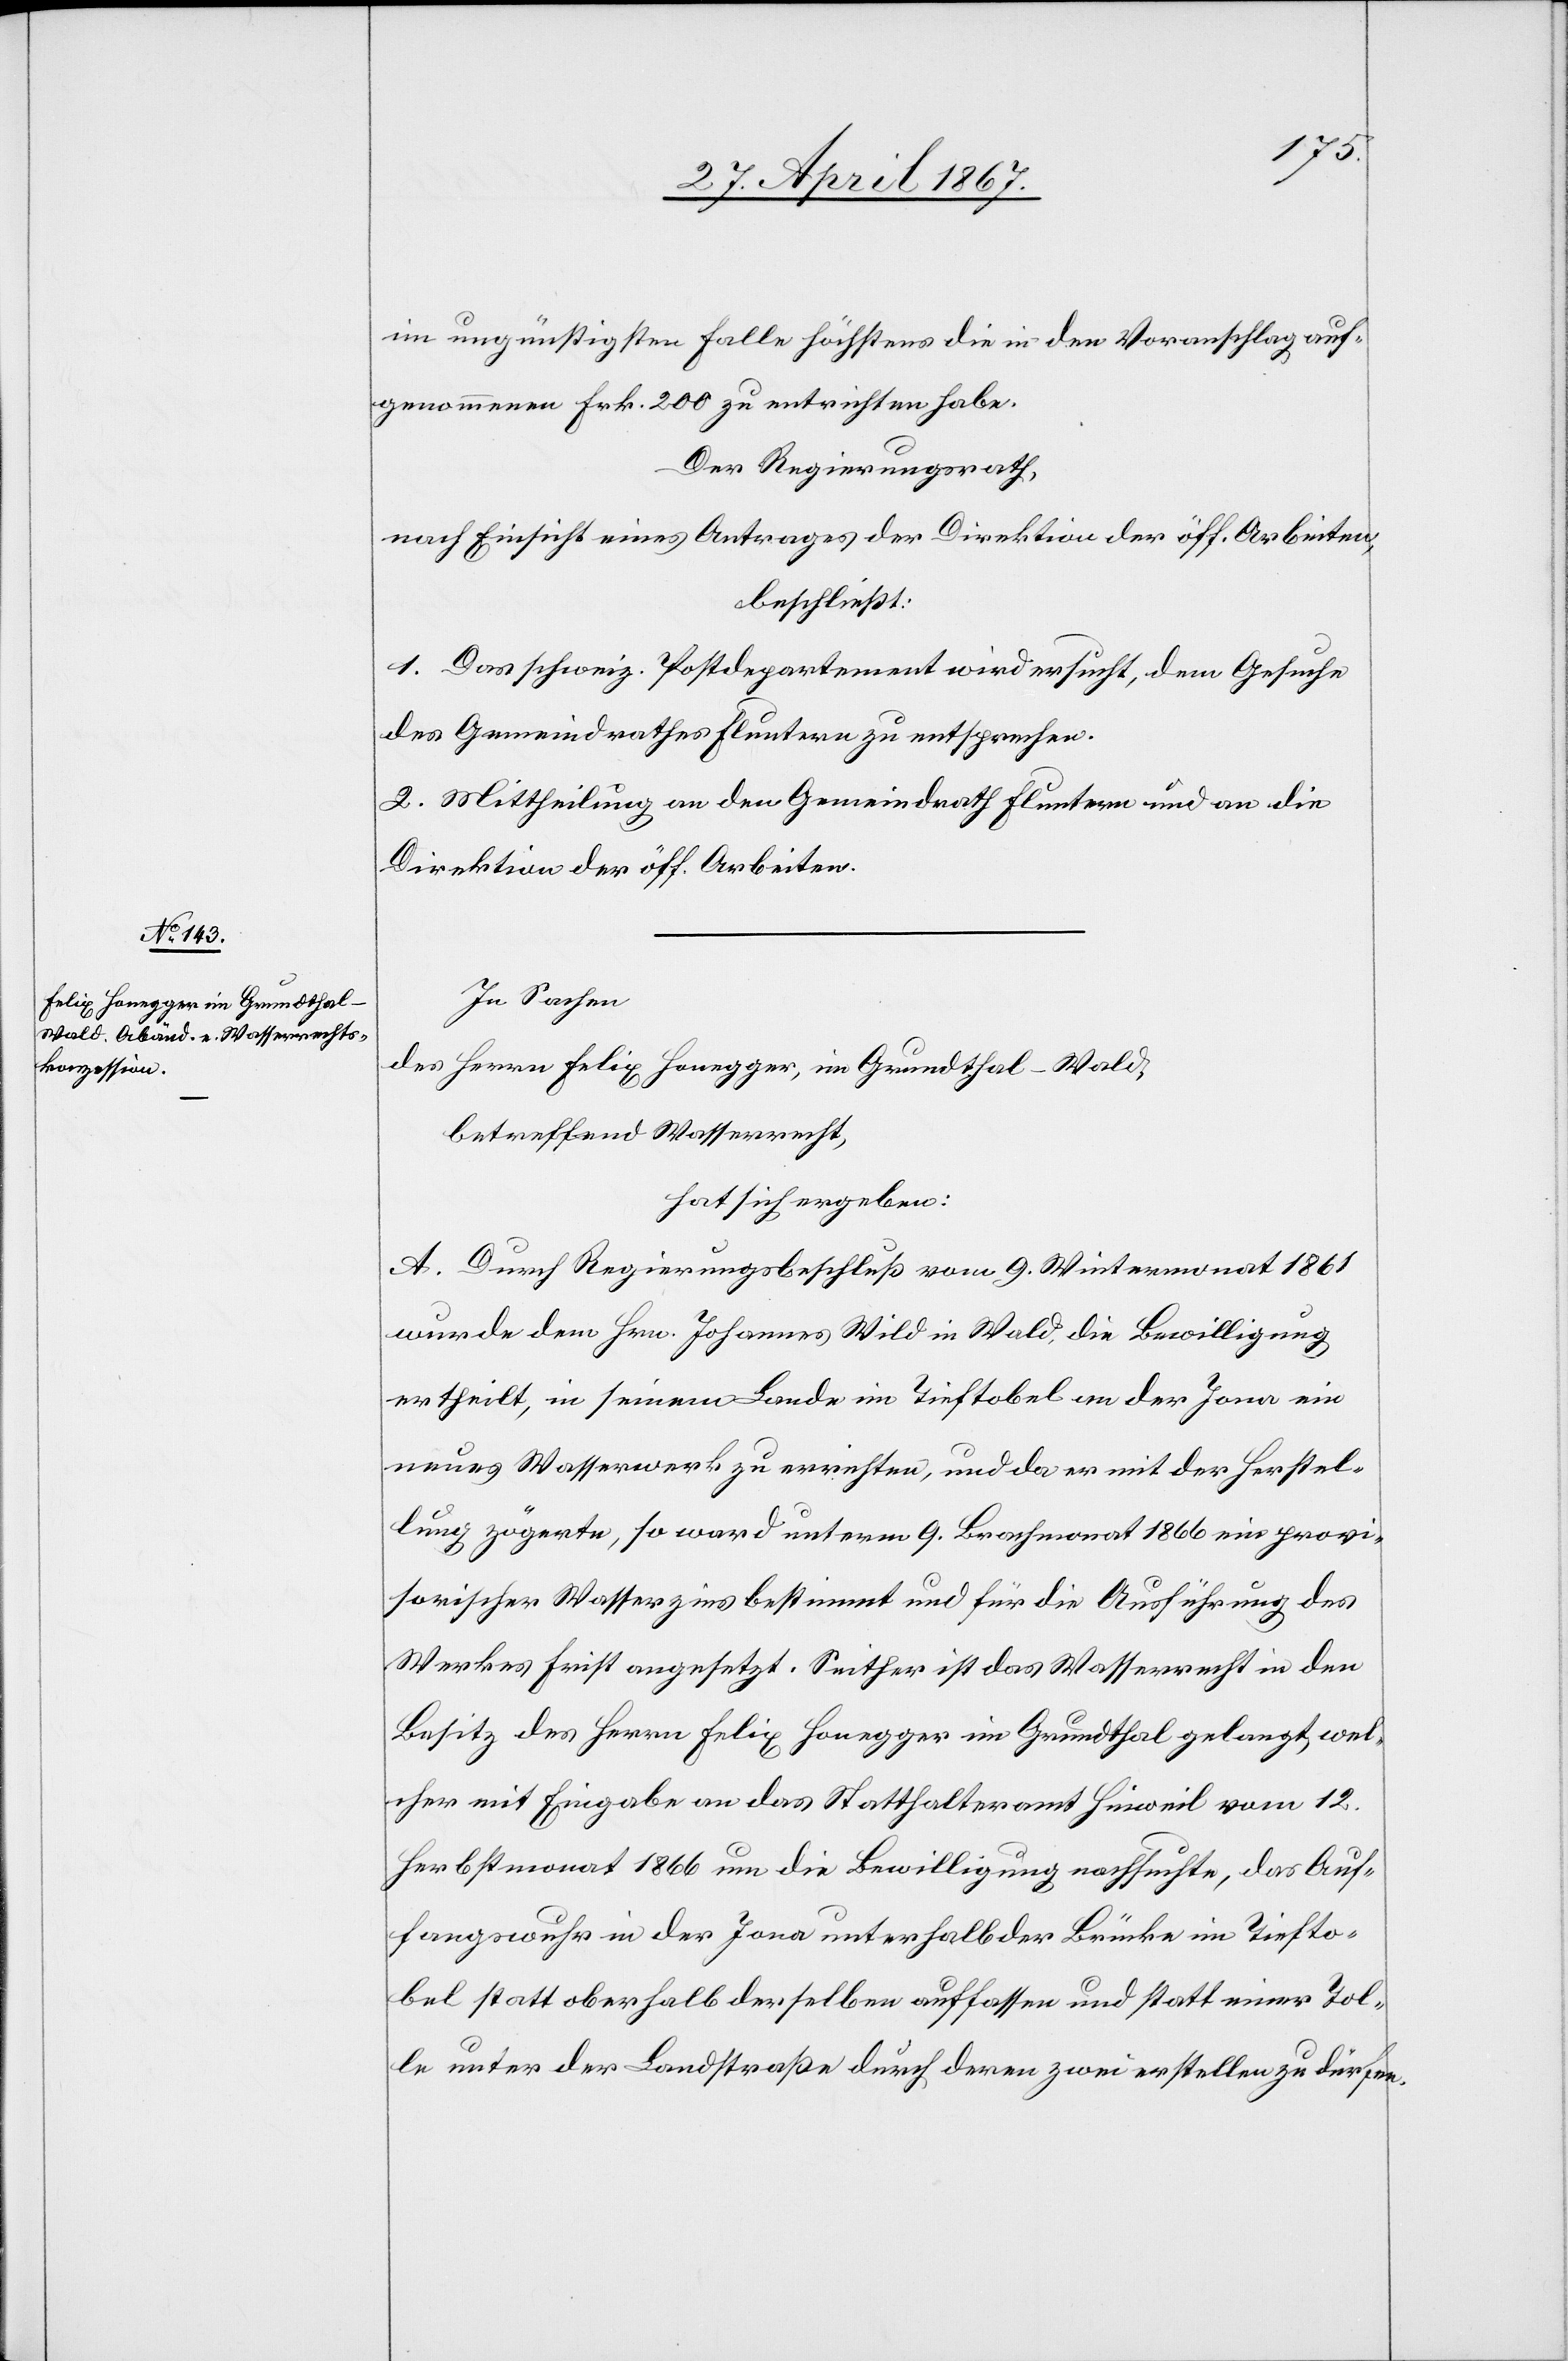
im ungünstigen Falle höchstens die in den Voranschlag auf¬
genommenen Frk. 200 zu entrichten habe.
Der Regierungsrath,
nach Einsicht eines Antrages der Direktion der öff. Arbeiten,
beschließt:
1. Das schweiz. Postdepartement wird ersucht, dem Gesuche
des Gemeindrathes Fluntern zu entsprechen.
2. Mittheilung an den Gemeindrath Fluntern und an die
Direktion der öff. Arbeiten.
In Sachen
des Herrn Felix Honegger, im Grundthal-Wald,
betreffend Wasserrecht,
hat sich ergeben:
A. Durch Regierungsbeschluß vom 9. Wintermonat 1861
wurde dem Hrn. Johannes Wild in Wald, die Bewilligung
ertheilt, in seinem Lande im Tieftobel an der Jona ein
neues Wasserwerk zu errichten, und da er mit der Herstel¬
lung zögerte, so ward unterm 9. Brachmonat 1866 ein provi¬
sorischer Wasserzins bestimmt und für die Ausführung des
Werkes Frist angesetzt. Seither ist das Wasserrecht in den
Besitz des Herrn Felix Honegger im Grundthal gelangt, wel¬
cher mit Eingabe an das Statthalteramt Hinweil vom 12.
Herbstmonat 1866 um die Bewilligung nachsuchte, das Auf¬
fangswuhr in der Jona unterhalb der Brücke im Tiefto¬
bel statt oberhalb derselben auffassen und statt einer Tol¬
le unter der Landstraße durch deren zwei erstellen zu dürfen.